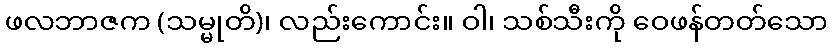
ဖလဘာဇက (သမ္မုတိ)၊ လည်းကောင်း။ ဝါ၊ သစ်သီးကို ဝေဖန်တတ်သော